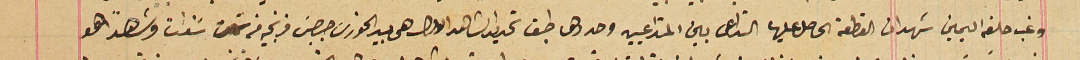
وغب حلفه اليمين شهد ان القطعة الحاصل عليها التداعى بين المتداعين وحددها طبق تحديدات الشاهد الاول هى بيد الخورى جرجسَ فرنجيه من ست سنوات وشاهداً هو